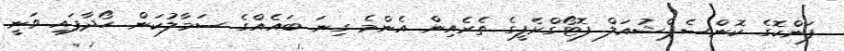
ފަންކޮގެ ކޮންސެޕްޝުއަލް ފޮޓޯގްރެފީގެ ތެރެއިން އެންމެ ގިނަ ބައެއްގެ ސަމާލުކަން ހޯދާފައި ވަނީ